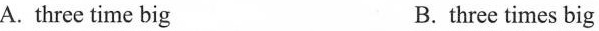
A. three time big B.three times big